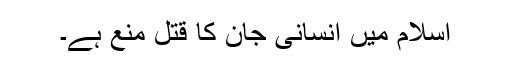
اسلام میں انسانی جان کا قتل منع ہے۔